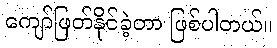
ကျော်ဖြတ်နိုင်ခဲ့တာ ဖြစ်ပါတယ်။